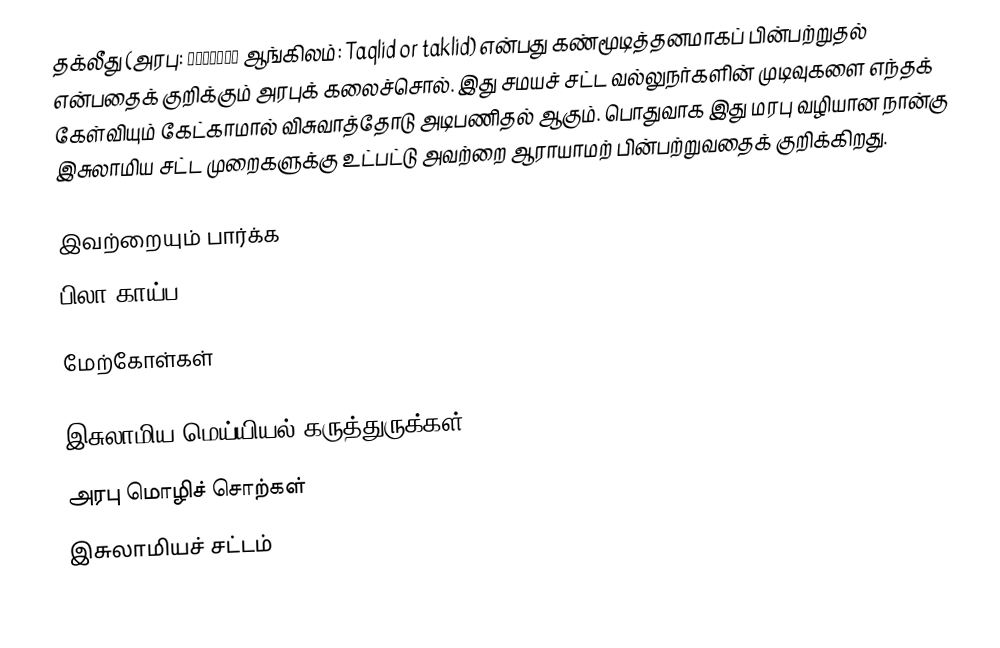
தக்லீது (அரபு: تَقْليد ஆங்கிலம்: Taqlid or taklid) என்பது கண்மூடித்தனமாகப் பின்பற்றுதல் என்பதைக் குறிக்கும் அரபுக் கலைச்சொல். இது சமயச் சட்ட வல்லுநர்களின் முடிவுகளை எந்தக் கேள்வியும் கேட்காமால் விசுவாத்தோடு அடிபணிதல் ஆகும். பொதுவாக இது மரபு வழியான நான்கு இசுலாமிய சட்ட முறைகளுக்கு உட்பட்டு அவற்றை ஆராயாமற் பின்பற்றுவதைக் குறிக்கிறது.

இவற்றையும் பார்க்க
 பிலா காய்ப (Bila Kayfa)

மேற்கோள்கள்

இசுலாமிய மெய்யியல் கருத்துருக்கள்
அரபு மொழிச் சொற்கள்
இசுலாமியச் சட்டம்